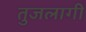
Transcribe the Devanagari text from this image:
तुजलागी